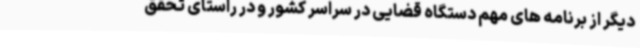
دیگر از برنامه های مهم دستگاه قضایی در سراسر کشور و در راستای تحقق